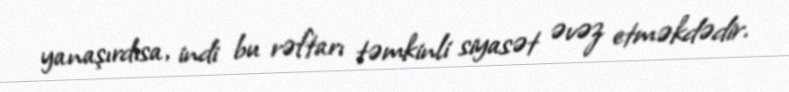
yanaşırdısa, indi bu rəftarı təmkinli siyasət əvəz etməkdədir.